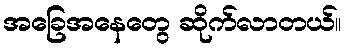
အခြေအနေတွေ ဆိုက်လာတယ်။